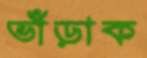
ভাঁড়াক